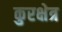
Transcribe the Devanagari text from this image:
कुरक्षेत्र